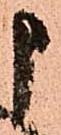
申